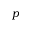
p